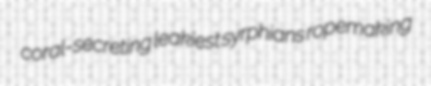
coral-secreting leakiest syrphians ropemaking